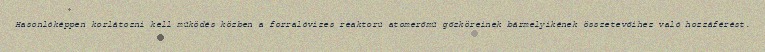
Hasonlóképpen korlátozni kell működés közben a forralóvizes reaktorú atomerőmű gőzköreinek bármelyikének összetevőihez való hozzáférést.